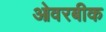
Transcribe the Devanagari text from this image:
ओवरबीक